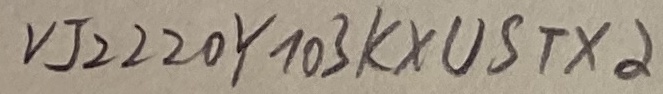
Text: VJ2220Y103KXUSTX2